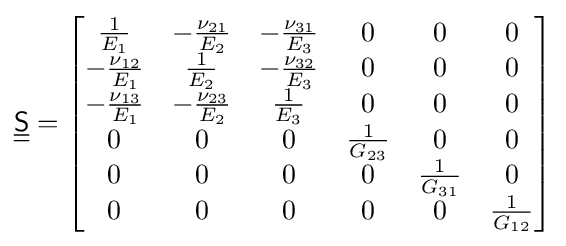
{\underline {\underline {\mathsf {S}}}}={\begin{bmatrix}{\tfrac {1}{E_{\rm {1}}}}&-{\tfrac {\nu _{\rm {21}}}{E_{\rm {2}}}}&-{\tfrac {\nu _{\rm {31}}}{E_{\rm {3}}}}&0&0&0\\-{\tfrac {\nu _{\rm {12}}}{E_{\rm {1}}}}&{\tfrac {1}{E_{\rm {2}}}}&-{\tfrac {\nu _{\rm {32}}}{E_{\rm {3}}}}&0&0&0\\-{\tfrac {\nu _{\rm {13}}}{E_{\rm {1}}}}&-{\tfrac {\nu _{\rm {23}}}{E_{\rm {2}}}}&{\tfrac {1}{E_{\rm {3}}}}&0&0&0\\0&0&0&{\tfrac {1}{G_{\rm {23}}}}&0&0\\0&0&0&0&{\tfrac {1}{G_{\rm {31}}}}&0\\0&0&0&0&0&{\tfrac {1}{G_{\rm {12}}}}\\\end{bmatrix}}